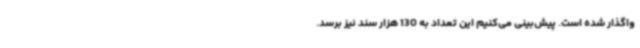
واگذار شده است. پیش‌بینی می‌کنیم این تعداد به 130 هزار سند نیز برسد.